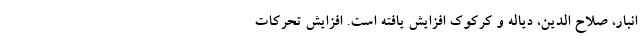
انبار، صلاح الدین، دیاله و کرکوک افزایش یافته است. افزایش تحرکات